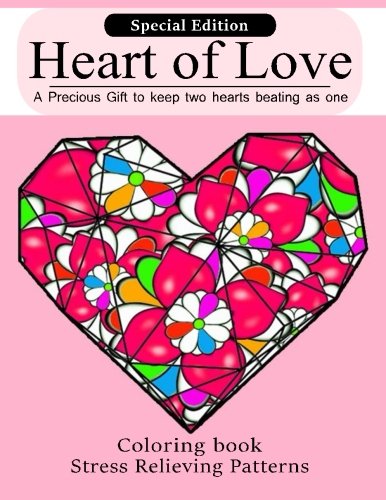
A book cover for Special Edition : Heart of Love: Stress Relieving Patterns Coloring Book : Coloring Books For Adult (Coloring Books For Adults) (Volume 77); Coloring Books For Adults; Arts & Photography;